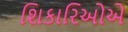
શિકારિઓએ